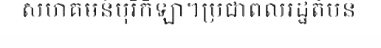
សហគមន៍បុរីកីឡា។ប្រជាពលរដ្ឋតំបន់